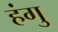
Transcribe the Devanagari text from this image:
हंगु